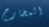
المخارج